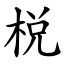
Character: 棁